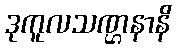
ဒုကူလသဏ္ဌနာနိ